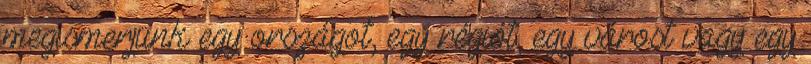
megismerjünk egy országot, egy régiót, egy várost vagy egy